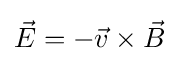
{\vec {E}}=-{\vec {v}}\times {\vec {B}}